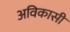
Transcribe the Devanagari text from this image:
अविकासी